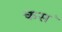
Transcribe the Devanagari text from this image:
कस॓